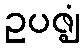
ဥပဇ္ဈံ